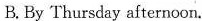
B. By Thursday afternoon.